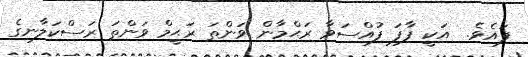
ފައެވެ.  އަކީ ފާފަ ފުއްސަވާ ރަޙްމާން ވަންތަ ރަޙީމް ވަންތަ ރަސްކަލާނގެ